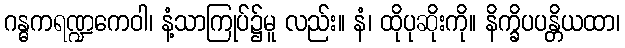
ဂန္ဓကရဏ္ဍကေဝါ၊ နံ့သာကြုပ်၌မူ လည်း။ နံ၊ ထိုပုဆိုးကို။ နိက္ခိပပန္တိယထာ၊